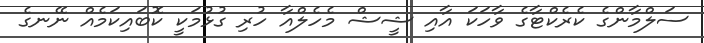
ސަލްމާންގެ ކެރެކްޓާގެ ވާހަކަ އާއި ޝީޝް މެހެލްއާ ހުރި ގުޅުމަކީ ކޮބައިކަމެއް ނޭނގެ